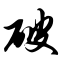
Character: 破